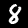
Digit: 8